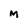
Character: M